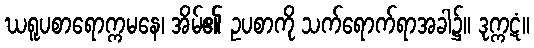
ဃရူပစာရောက္ကမနေ၊ အိမ်၏ ဥပစာကို သက်ရောက်ရာအခါ၌။ ဒုက္ကဋံ။